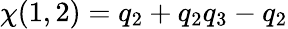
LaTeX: \chi(1,2)=q_{2}+q_{2}q_{3}-q_{2}